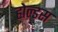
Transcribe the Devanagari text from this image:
होल्डस